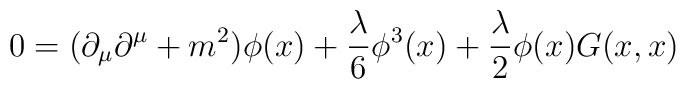
0= (\partial_{\mu} \partial^{\mu} + m^2) {\phi (x)} + {\lambda \over 6} \phi^3 (x) + {\lambda \over 2} \phi (x) G(x,x)